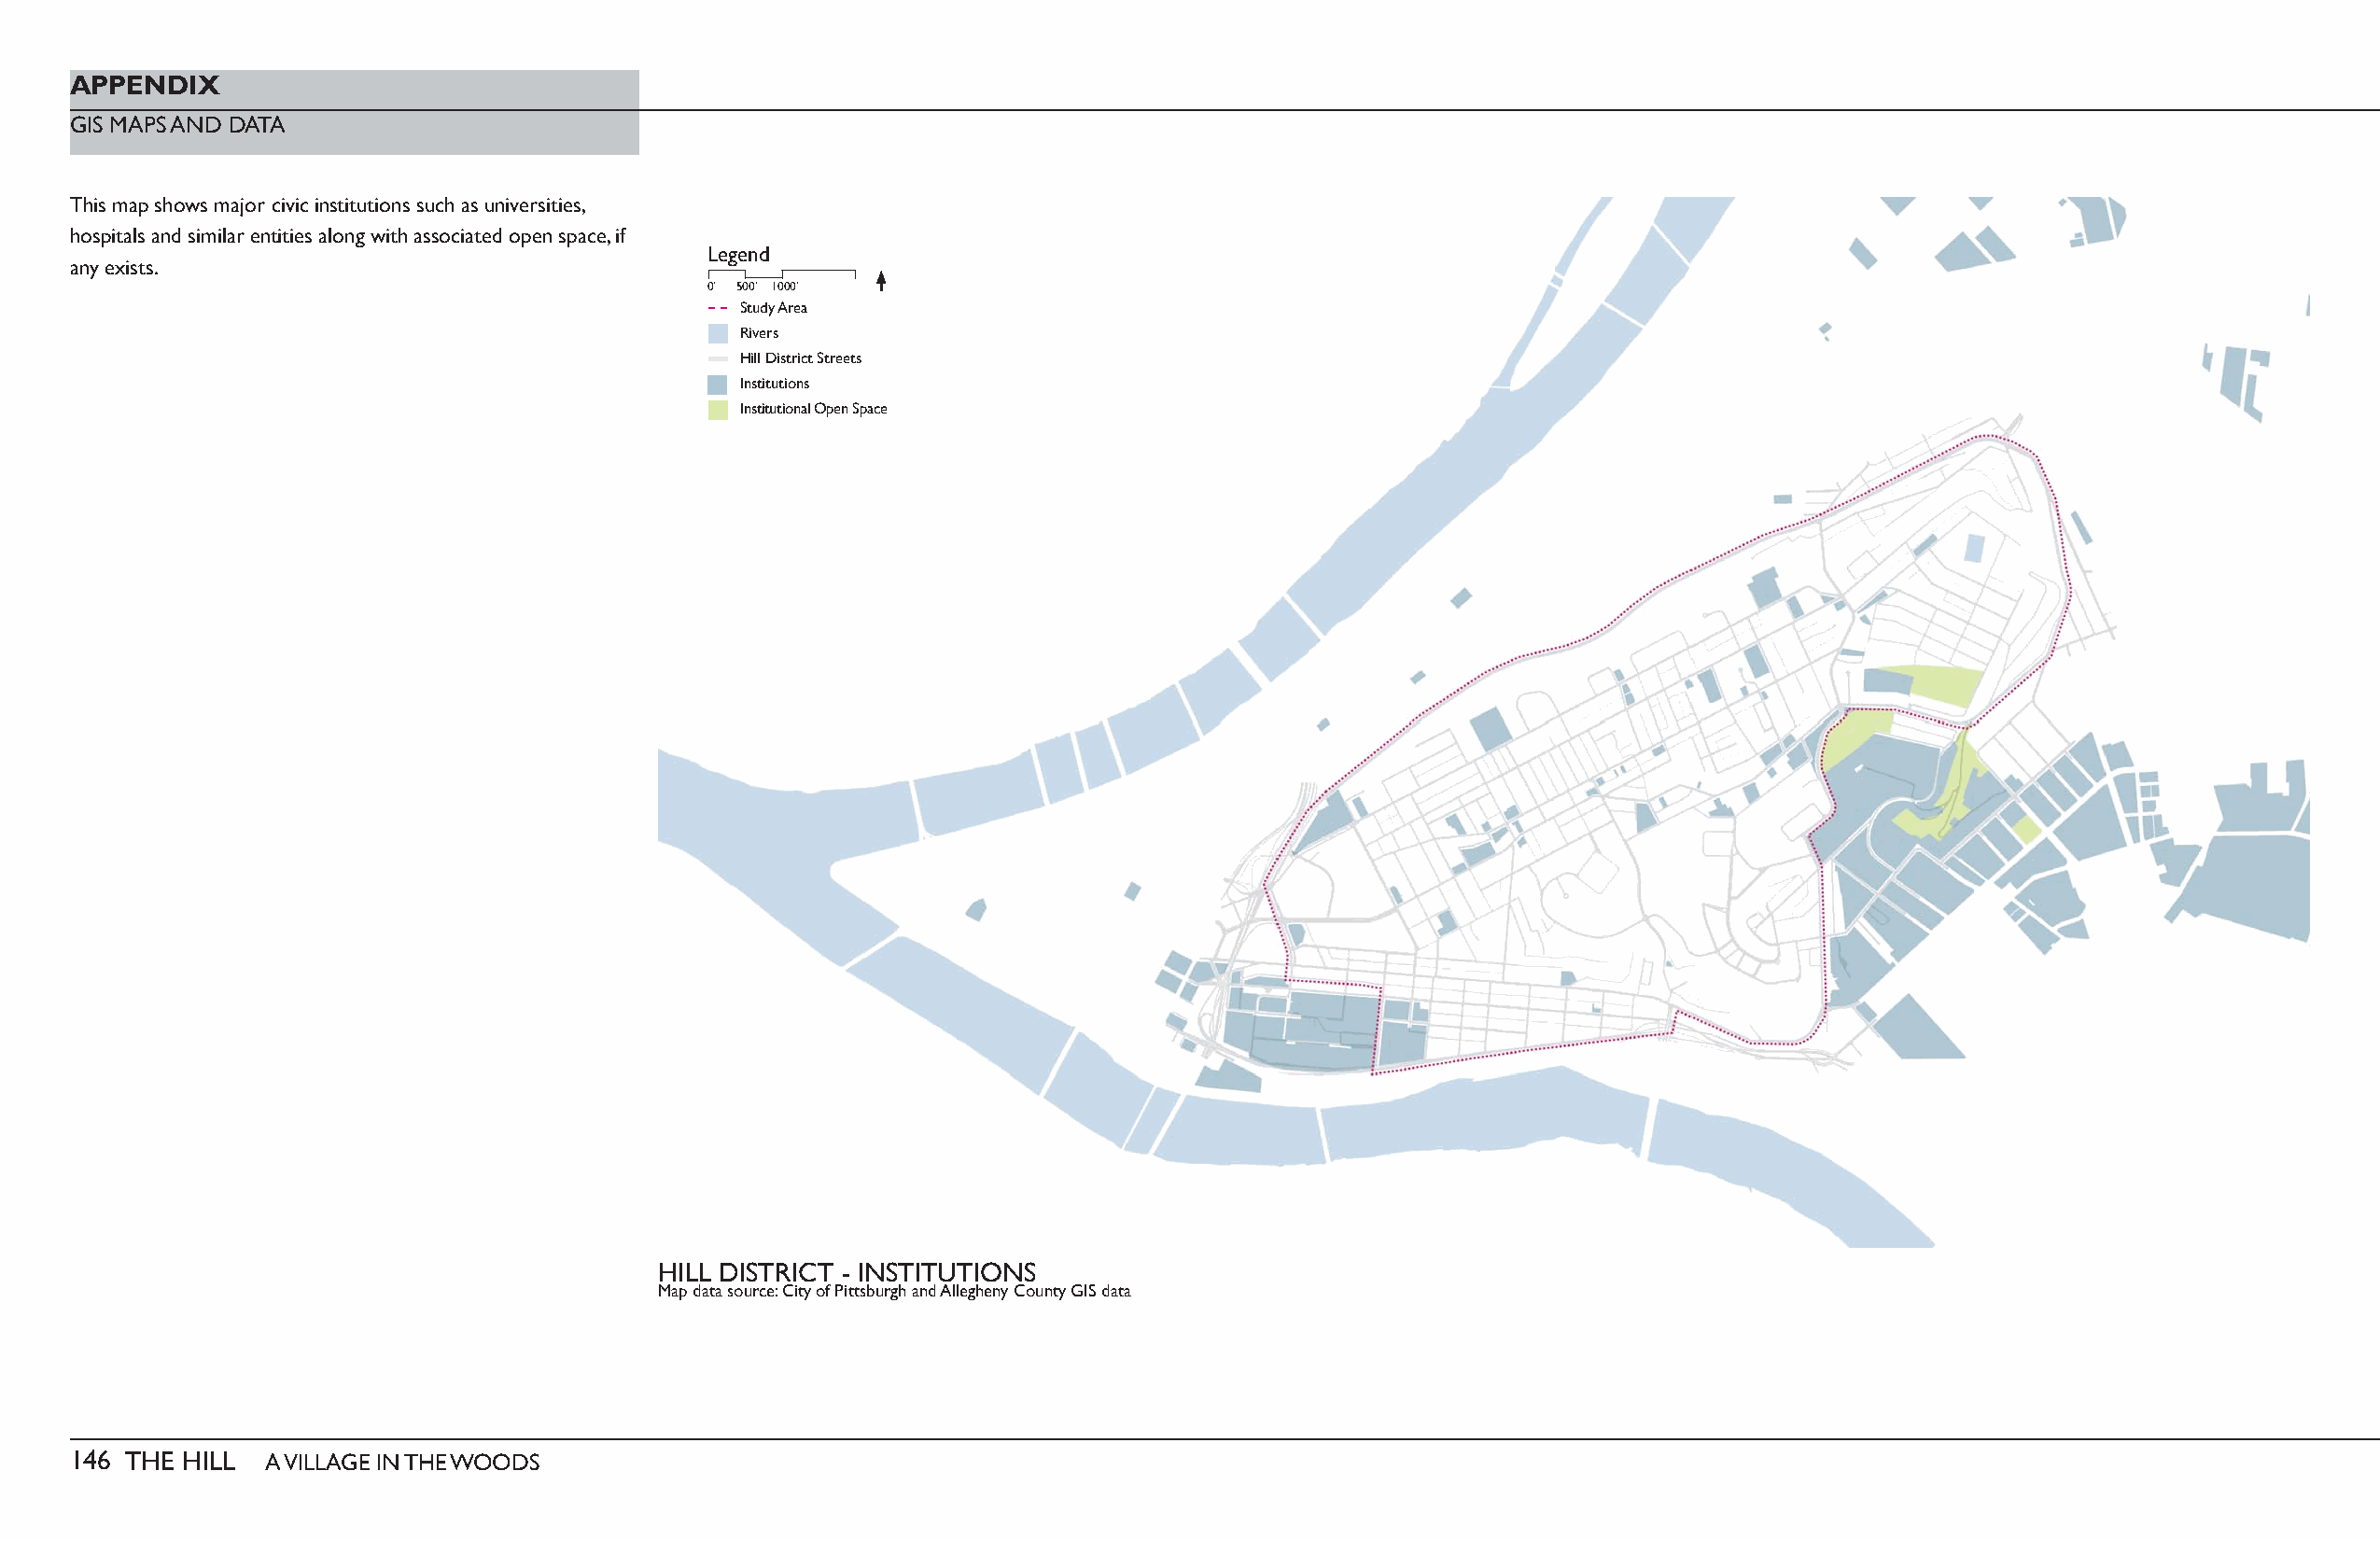
APPENDIX
 GIS MAPS AND DATA
 This map shows major civic institutions such as universities,
 hospitals and similar entities along with associated open space, if
 Legend
 any exists.
 0’ 500’ 1000’
 Study Area
 Rivers
 Hill District Streets
 Institutions
 Institutional Open Space
 HILL DISTRICT - INSTITUTIONS
 Map data source: City of Pittsburgh and Allegheny County GIS data
 146 THE HILL  A VILLAGE IN THE WOODS